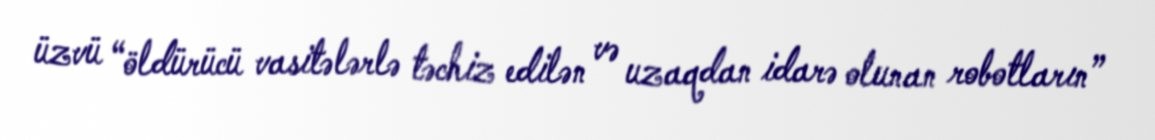
üzvü “öldürücü vasitələrlə təchiz edilən və uzaqdan idarə olunan robotların”